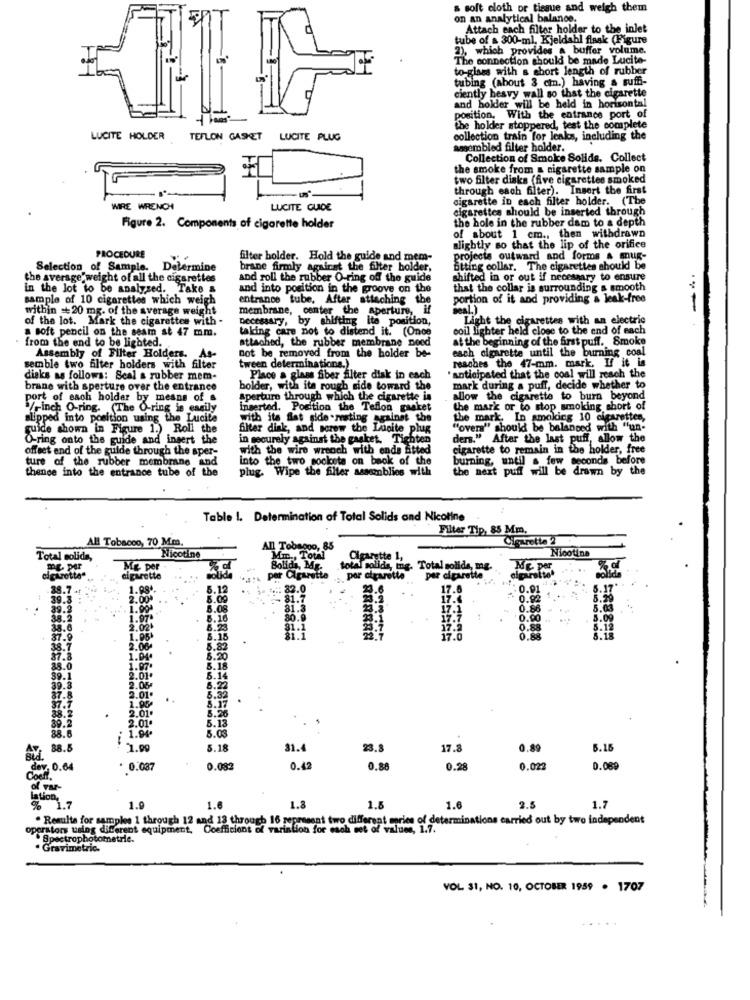
s soft cloth or tissue and weigh them
on an analytical balance.
Attach each filter holder to the inlet
tube of a 300-ml, Kjeldahl flask (Figure
2), which provides a buffer volume.
The connection should be made Lucite-
to-glass with s short length of rubber
tubing (about 3 cm.) having a suffi-
ciently besvy wall so that the cigarette
and holder will be held in horisontal
position. With the entrance port of
the holder stoppered, test the complete
LUCITE HOLDER TEFLON GASKET LUCITE PLUG
collection train for leaks, including the
amembled filter holder.
Collection of Smoke Solids. Collect
the smoke from a cigarette sample on
two filter disks (five cigarettes smoked
through each filter). Insert the first
sigarette in each filter holder. (The
WIRE WRENCH
LUCITE GUIDE
cigarettes should be inserted through
the hole in the rubber dam to a depth
Figure 2. Components of cigarette holder
of about 1 cm ., then withdrawn
slightly so that the lip of the orifice
PROCEDURE
filter holder. Hold the guide and mem-
ojects outward and forms & mug-
Selection of Sample. Delermine
brane firmly against the filter bolder,
fitting collar. The cigarettes should be
the average'weight of all the cigarettes
and roll the rubber O-ring off the guide
shifted in or out if necessary to ensure
in the lot to be analyzed. Take &
and into position in the groove on the
that the collar is surrounding s smooth
sample of 10 cigarettes which weigh
entrance tube, After attaching the
portion of it and providing a leak-free
within 20 mg. of the average weight
membrane, center the aperture,
seal.)
of the lot. Mark the cigarettes with -
Decessary, by shifting its position,
Light the cigarettes with an electric
a soft pencil on the seam st 47 mm.
taking care not to distend it. (Once
coil lighter held close to the end of each
from the end to be lighted.
attached, the rubber membrane need
at the beginning of the first puff. Smoke
not be removed from the holder be-
each olgarette until the burning coal
Assembly of Filter Holders. As-
reaches the 47-mm. mark. If it is
semble two filter holders with filter
tween determinations.)
disks as follows: Seal a rubber mem-
Place a glass fiber alter disk in each
"anticipated that the coal will reach the
brane with aperture over the entrance
bolder, with its rough side toward the
mark during a puff, decide whether to
port of each holder by means of &
Aperture through which the cigarette is
allow the cigarette to burn beyond
7-inch O-ring. (The O-ring is easily
inserted. Position the Teflon gasket
the mark or to stop smoking short of
slipped into position using the Lucite
with its flat side .resting against the
the mark. In smoking 10 cigarettes,
guide shown in Figure 1.) Roli the
filter disk, and screw the Lucite plug
"over" should be balanced with "un-
O-ring onto the guide and ingert the
in securely against the gasket. Tighten
ders." After the last puff, allow the
ders
offset end of the guide through the sper-
with the wire wreoch with ends fitted
cigarette to remain in the holder, free
ture of the rubber membrane
into the two sockets on back of the
burning, until a few seconds before
thence into the entrance tube of the
plug. Wipe the filter assemblies with
the next puff will be drawn by the
Table !. Determination of Total Solids and Nicotine
Filter Tip, 85 Mm.
All Tobacco, 70 Mm
Cigaretta 2
All Tobagoo, 85
Total solids,
Nicotine
Mm ., Total
Cigarette 1,
Nicotine
me per
Bolidy, ME-
total solida, mn
Total solids, mg.
% of
cigarette
.:. per Cigarette
por otrarette
par cigarette
cigarettes
38.7 at
1.08.
5.12
..: 82.
17.
.01
39.3
2.00
5.00
81.7
1.92
39.2
1.90+
81.3
38.2
1.97
8.10
80.9
38.6
2.02+
6.2
31.1
0.88
37.9
1.96
5.15
38.7
2.08.
5.82
37.8
1.04.
5.20
38.0
1.97
5.18
39.1
2.01
5.14
39.8
2.06
6.2
87.8
2.01.
37.7
1.00
2.01.
8.17
38.2
39.2
2.01
5.13
88.6
1.94.
88.8
1.99
5.18
31.4
23.8
17.3
0.89
5.16
dev. 0.64
* 0.087
0.092
0.4
0.88
0.28
0.022
0.089
Coeff.
of var
lation,
6 1.7
1.9
1.6
1.8
1.5
1.6
2.5
1.7
. Results for sample 1 through 12 and 13 through 16 represent two different mories of determinations carried out by two independent
operators using different equipment, Coefficient of varintion for esch set of values, 1.7.
Spectrophotometrie.
Gravimetric-
VOL 31, NO. 10, OCTOBER 1959 . 1707